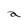
Character: a